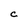
Character: C